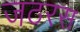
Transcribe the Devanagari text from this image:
जठरस